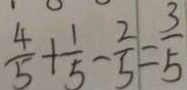
\frac { 4 } { 5 } + \frac { 1 } { 5 } - \frac { 2 } { 5 } = \frac { 3 } { 5 }